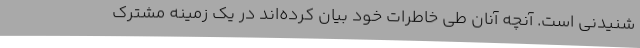
شنیدنی است. آنچه آنان طی خاطرات خود بیان کرده‌اند در یک زمینه مشترک